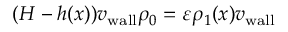
( H - h ( x ) ) { v _ { \mathrm { w a l l } } } \rho _ { 0 } = \varepsilon \rho _ { 1 } ( x ) { v _ { \mathrm { w a l l } } }